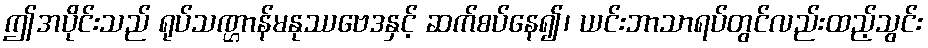
ဤအပိုင်းသည် ရုပ်သဏ္ဌာန်မနုဿဗေဒနှင့် ဆက်စပ်နေ၍၊ ယင်းဘာသာရပ်တွင်လည်းထည့်သွင်း